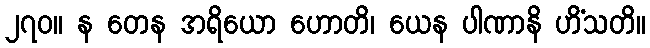
၂၇၀။ န တေန အရိယော ဟောတိ၊ ယေန ပါဏာနိ ဟိံသတိ။